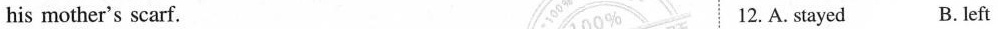
his mother's scarf. 12. A. Stayed B. Left